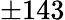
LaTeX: \pm 143